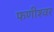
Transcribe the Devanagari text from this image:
फणीश्‍वर